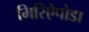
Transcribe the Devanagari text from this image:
मिरिऐपोडा